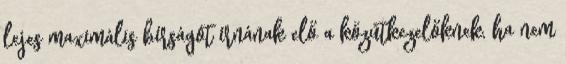
lejes maximális bírságot írnának elő a közútkezelőknek, ha nem